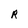
Character: R